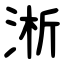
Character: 淅